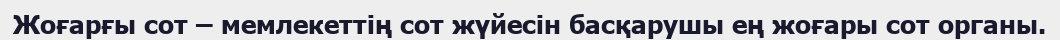
Жоғарғы сот – мемлекеттің сот жүйесін басқарушы ең жоғары сот органы.